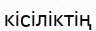
кісіліктің